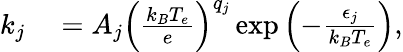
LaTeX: \begin{array}{rl}{k_{j}}&{{}=A_{j}\left(\frac{k_{B}T_{e}}{e}\right)^{q_{j}}\exp\left(-\frac{\epsilon_{j}}{k_{B}T_{e}}\right),}\end{array}